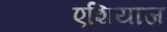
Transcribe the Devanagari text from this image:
एशियाज